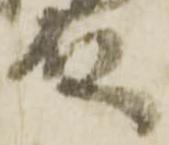
殿